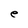
Character: e